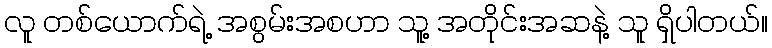
လူ တစ်ယောက်ရဲ့ အစွမ်းအစဟာ သူ့ အတိုင်းအဆနဲ့ သူ ရှိပါတယ်။